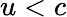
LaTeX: u<c